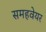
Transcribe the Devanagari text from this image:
समहवेयर